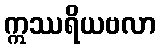
ဣဿရိယဗလာ